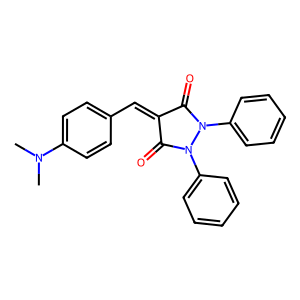
SMILES: CN(C)c1ccc(C=C2C(=O)N(c3ccccc3)N(c3ccccc3)C2=O)cc1
Inhibits HIV replication: No